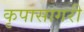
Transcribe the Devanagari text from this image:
कृपासागरी